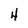
Character: 4